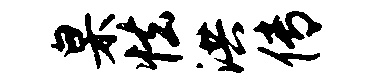
臬怯洪传